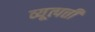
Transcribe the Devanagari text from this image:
व्यूत्पत्ती